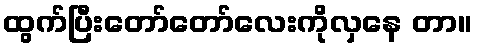
ထွက်ပြီးတော်တော်လေးကိုလှနေ တာ။